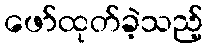
ဖော်ထုတ်ခဲ့သည့်